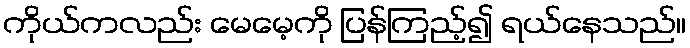
ကိုယ်ကလည်း မေမေ့ကို ပြန်ကြည့်၍ ရယ်နေသည်။